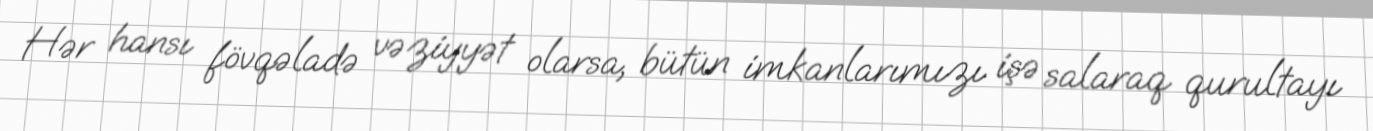
Hər hansı fövqəladə vəziyyət olarsa, bütün imkanlarımızı işə salaraq qurultayı